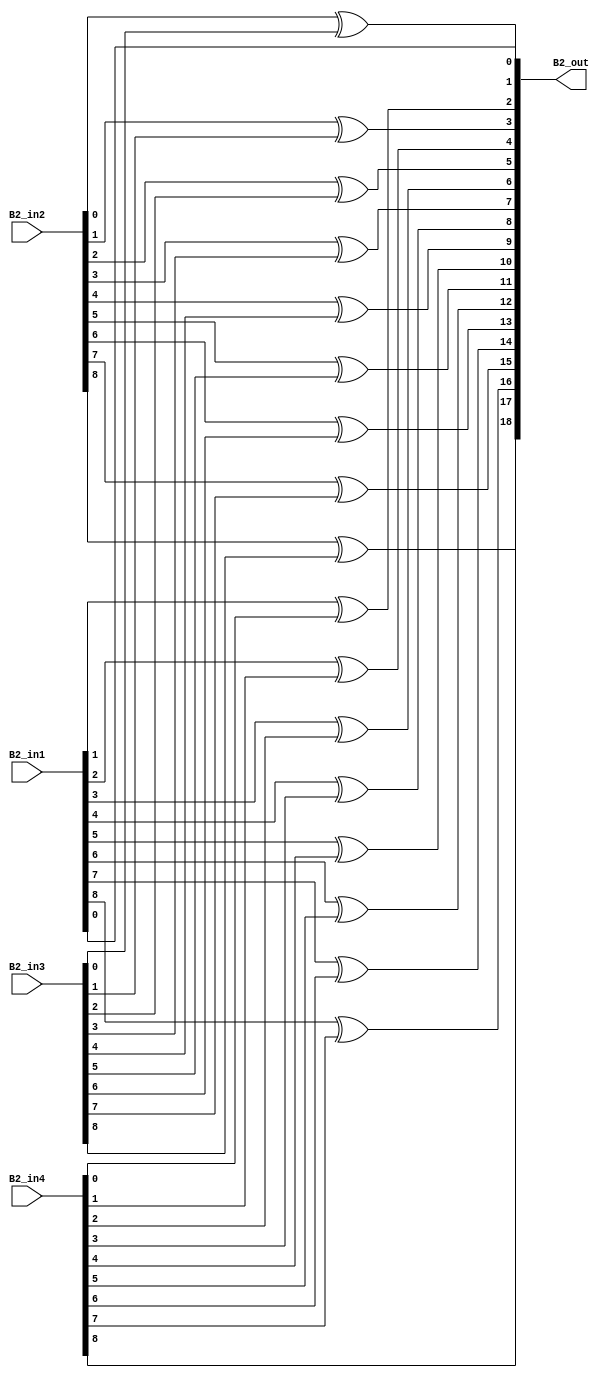
module overlap_module_9bit(
    B2_in1,
    B2_in2,
    B2_in3,
    B2_in4,
    B2_out
    );


parameter n = 10;

input [n-2:0] B2_in1;
input [n-2:0] B2_in2;
input [n-2:0] B2_in3;
input [n-2:0] B2_in4;

output [2*n-2:0] B2_out;

assign B2_out[0] = B2_in1[0];

assign B2_out[2] = B2_in1[1]^B2_in4[0];

assign B2_out[4] = B2_in1[2]^B2_in4[1];

assign B2_out[6] = B2_in1[3]^B2_in4[2];

assign B2_out[8] = B2_in1[4]^B2_in4[3];

assign B2_out[1] = B2_in2[0]^B2_in3[0];

assign B2_out[3] = B2_in2[1]^B2_in3[1];

assign B2_out[5] = B2_in2[2]^B2_in3[2];

assign B2_out[7] = B2_in2[3]^B2_in3[3];

assign B2_out[9] = B2_in2[4]^B2_in3[4];

assign B2_out[11] = B2_in2[5]^B2_in3[5];

assign B2_out[13] = B2_in2[6]^B2_in3[6];

assign B2_out[15] = B2_in2[7]^B2_in3[7];

assign B2_out[17] = B2_in2[8]^B2_in3[8];

assign B2_out[10] = B2_in1[5]^B2_in4[4];

assign B2_out[12] = B2_in1[6]^B2_in4[5];

assign B2_out[14] = B2_in1[7]^B2_in4[6];

assign B2_out[16] = B2_in1[8]^B2_in4[7];

assign B2_out[18] = B2_in4[8];

endmodule